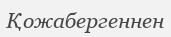
Қожабергеннен